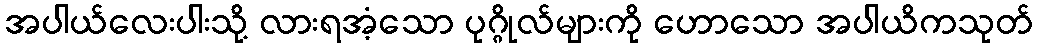
အပါယ်လေးပါးသို့ လားရအံ့သော ပုဂ္ဂိုလ်များကို ဟောသော အပါယိကသုတ်